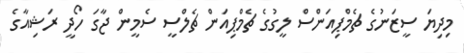
މިދިޔަ ސީޒަނުގެ ޗެމްޕިއަންސް ލީގުގެ ޗެމްޕިއަން ޗެލްސީ ސެމީން ޖާގަ ހޯދީ ރަޝިއާގެ